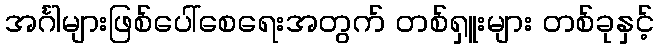
အင်္ဂါများဖြစ်ပေါ်စေရေးအတွက် တစ်ရှူးများ တစ်ခုနှင့်